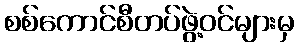
စစ်ကောင်စီတပ်ဖွဲ့ဝင်များမှ